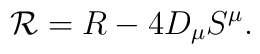
{\cal R} = R - 4{D}_\mu S^\mu .